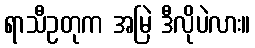
ရာသီဥတုက အမြဲ ဒီလိုပဲလား။